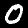
Label: 0